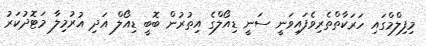
މިފިލްމްގައި ހަރަކާތްތެރިވެފައިވަނީ ސަނީ ޑިއޯލްގެ އިތުރުން ބޮބީ ޑިއޯލް އަދި އުރުމިލާ މަޓޮދުކަރު